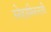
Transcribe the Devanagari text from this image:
स्नेहसंमेलनाची